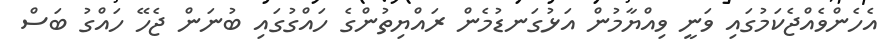
އެހެންވެއްޖެކަމުގައި ވަނީ ވިއްޔާމުން އަޅުގަނޑުމެން ރައްޔިތުންގެ ހައްގުގައި ބުނަން ޖެހޭ ހައްގު ބަސް